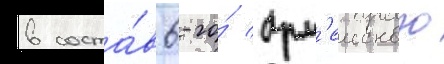
в соста́в 6-го́ арм'еиского